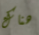
هناك